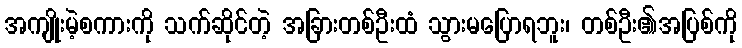
အကျိုးမဲ့စကားကို သက်ဆိုင်တဲ့ အခြားတစ်ဦးထံ သွားမပြောရဘူး၊ တစ်ဦး၏အပြစ်ကို